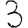
Digit: 3